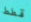
قطط